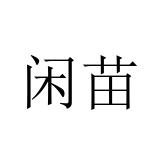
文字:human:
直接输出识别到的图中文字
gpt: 闲苗